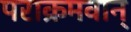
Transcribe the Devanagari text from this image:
पराक्रमवान्